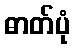
ဓာတ်ပုံ